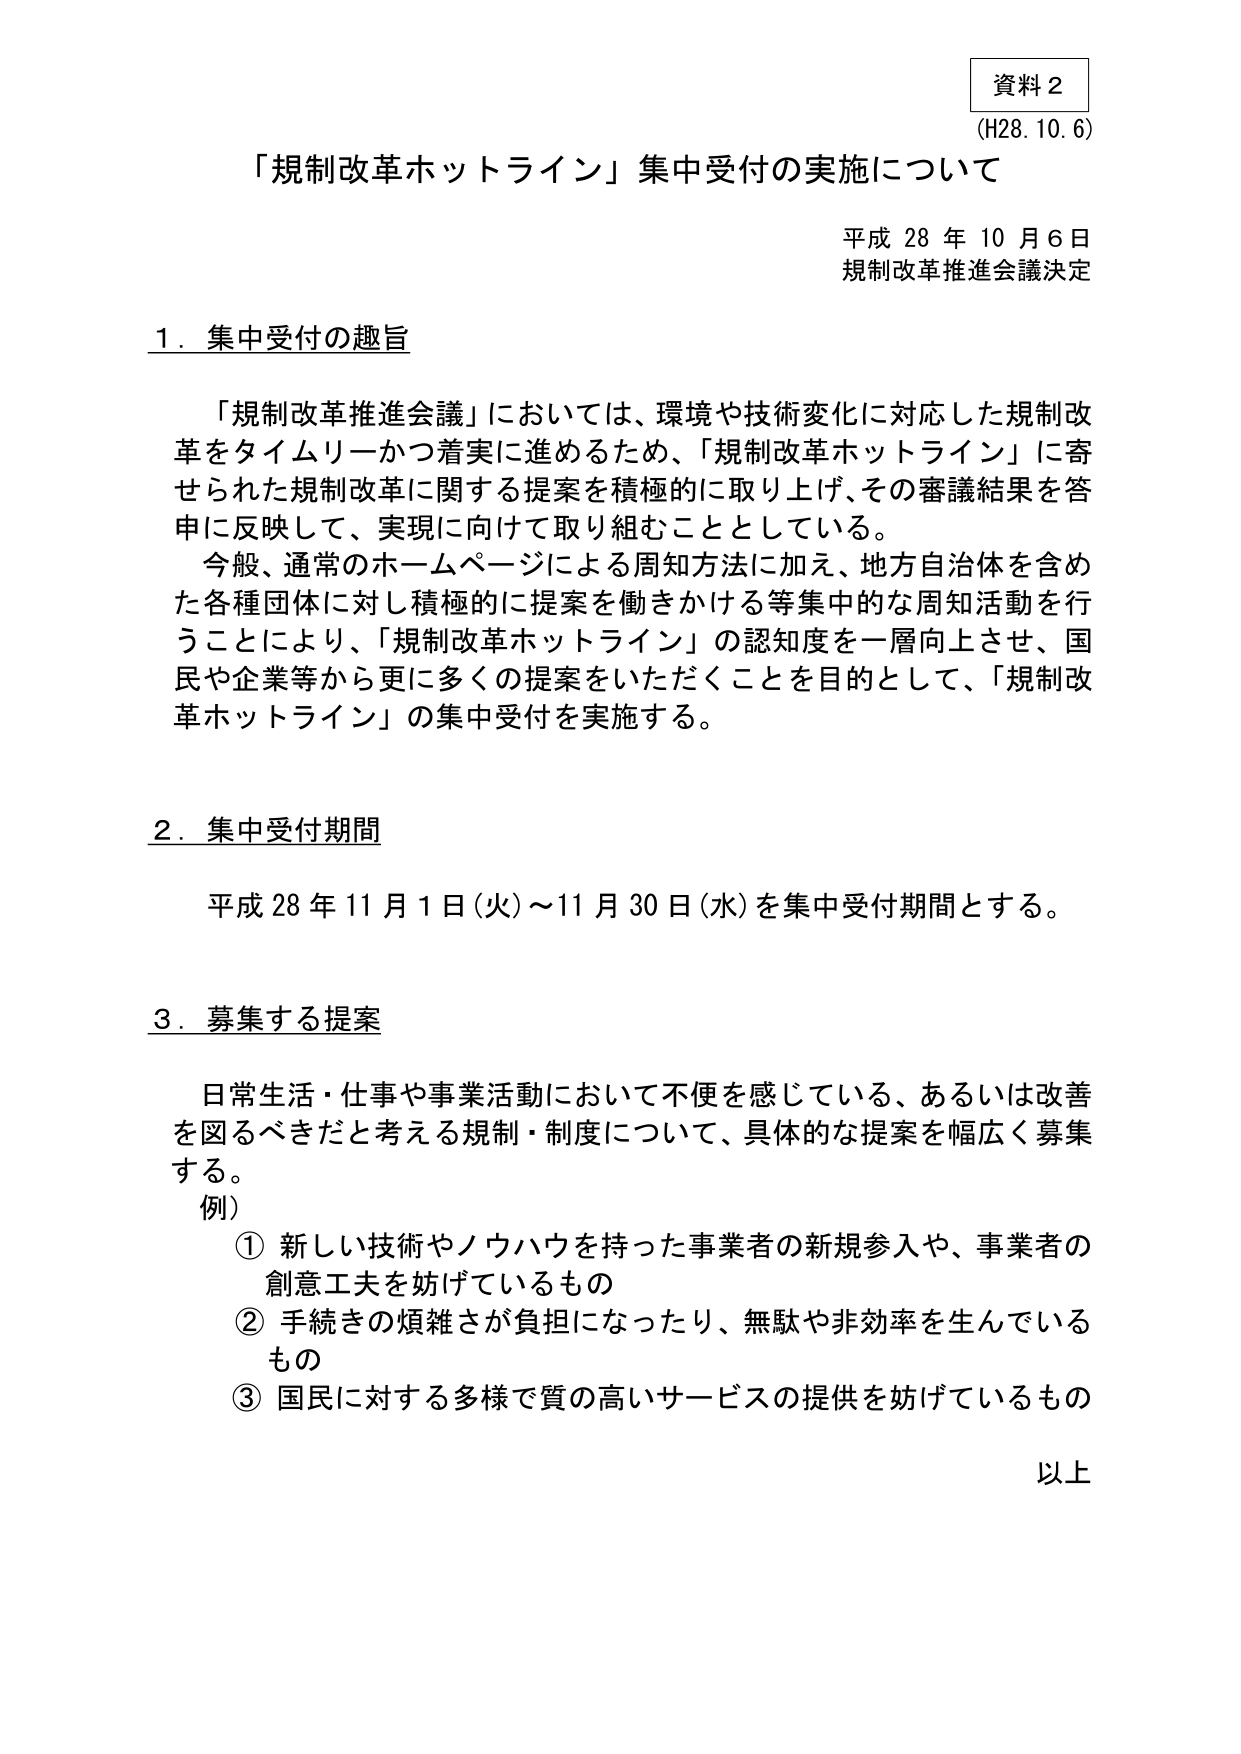
資料２
(H28.10.6)

「規制改革ホットライン」集中受付の実施について

平成28年10月6日
規制改革推進会議決定

1．集中受付の趣旨

「規制改革推進会議」においては、環境や技術変化に対応した規制改革をタイムリーかつ着実に進めるため、「規制改革ホットライン」に寄せられた規制改革に関する提案を積極的に取り上げ、その審議結果を答申に反映して、実現に向けて取り組むこととしている。
今般、通常のホームページによる周知方法に加え、地方自治体を含めた各種団体に対し積極的に提案を働きかける等集中的な周知活動を行うことにより、「規制改革ホットライン」の認知度を一層向上させ、国民や企業等から更に多くの提案をいただくことを目的として、「規制改革ホットライン」の集中受付を実施する。

2．集中受付期間

平成28年11月1日（火）～11月30日（水）を集中受付期間とする。

3．募集する提案

日常生活・仕事や事業活動において不便を感じている、あるいは改善を図るべきだと考える規制・制度について、具体的な提案を幅広く募集する。
例）
① 新しい技術やノウハウを持った事業者の新規参入や、事業者の創意工夫を妨げているもの
② 手続きの煩雑さが負担になったり、無駄や非効率を生んでいるもの
③ 国民に対する多様で質の高いサービスの提供を妨げているもの

以上